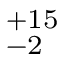
^ { + 1 5 } _ { - 2 }